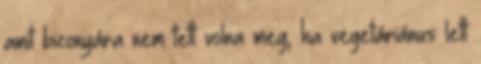
amit bizonyára nem tett volna meg, ha vegetáriánus lett